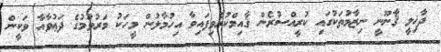
ދާޚިލީ ޤާނޫނީ ނިޒާމުތަކުގައި ކުރީއްސުރެން ޤާއިމްކުރެވިފައިވާ އިހުމާލުން މީހަކު މަރުވުމުގެ ދަޢުވާއާ ވަކީން